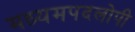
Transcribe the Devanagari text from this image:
मध्यमपदलोपी